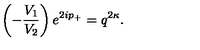
\left( - \frac { V _ { 1 } } { V _ { 2 } } \right) e ^ { 2 i p _ { + } } = q ^ { 2 \kappa } .